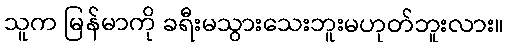
သူက မြန်မာကို ခရီးမသွားသေးဘူးမဟုတ်ဘူးလား။